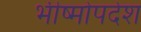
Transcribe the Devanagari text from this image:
भीष्मोपदेश